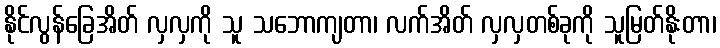
နိုင်လွန်ခြေအိတ် လှလှကို သူ သဘောကျတာ၊ လက်အိတ် လှလှတစ်ခုကို သူမြတ်နိုးတာ၊